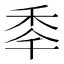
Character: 䄹